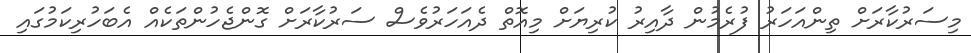
މިސަރުކާރަށް ތިންއަހަރު ފުރެމުން ދާއިރު ކުރިޔަށް މިއޮތް ދެއަހަރުވެސް ސަރުކާރަށް ގޮންޖެހުންތަކެއް އެބަހުރިކަމުގައި